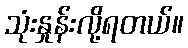
သုံးနှုန်းလို့ရတယ်။